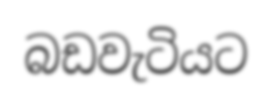
බඩවැටියට